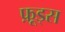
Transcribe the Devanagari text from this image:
फ़ूड्स